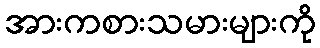
အားကစားသမားများကို